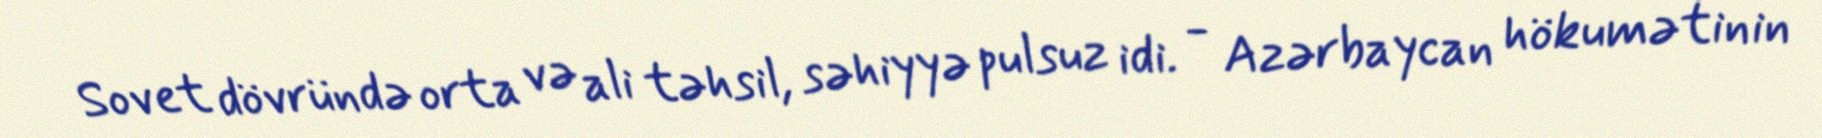
Sovet dövründə orta və ali təhsil, səhiyyə pulsuz idi. - Azərbaycan hökumətinin